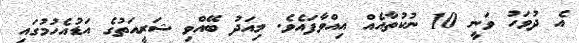
އެ ދުވަހު ވަނީ 10 ނުކުތާއެއް އިއްވާފައެވެ. މިއަދު ބޭއްވި ޝަރީއަތުގެ އަޑުއެހުމުގައި